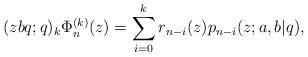
LaTeX: \begin{align*} (zbq;q)_k\Phi_n^{(k)}(z)=\sum_{i=0}^{k}r_{n-i}(z)p_{n-i}(z;a,b|q), \end{align*}